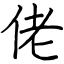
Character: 佬